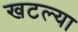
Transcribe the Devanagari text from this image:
खटल्या